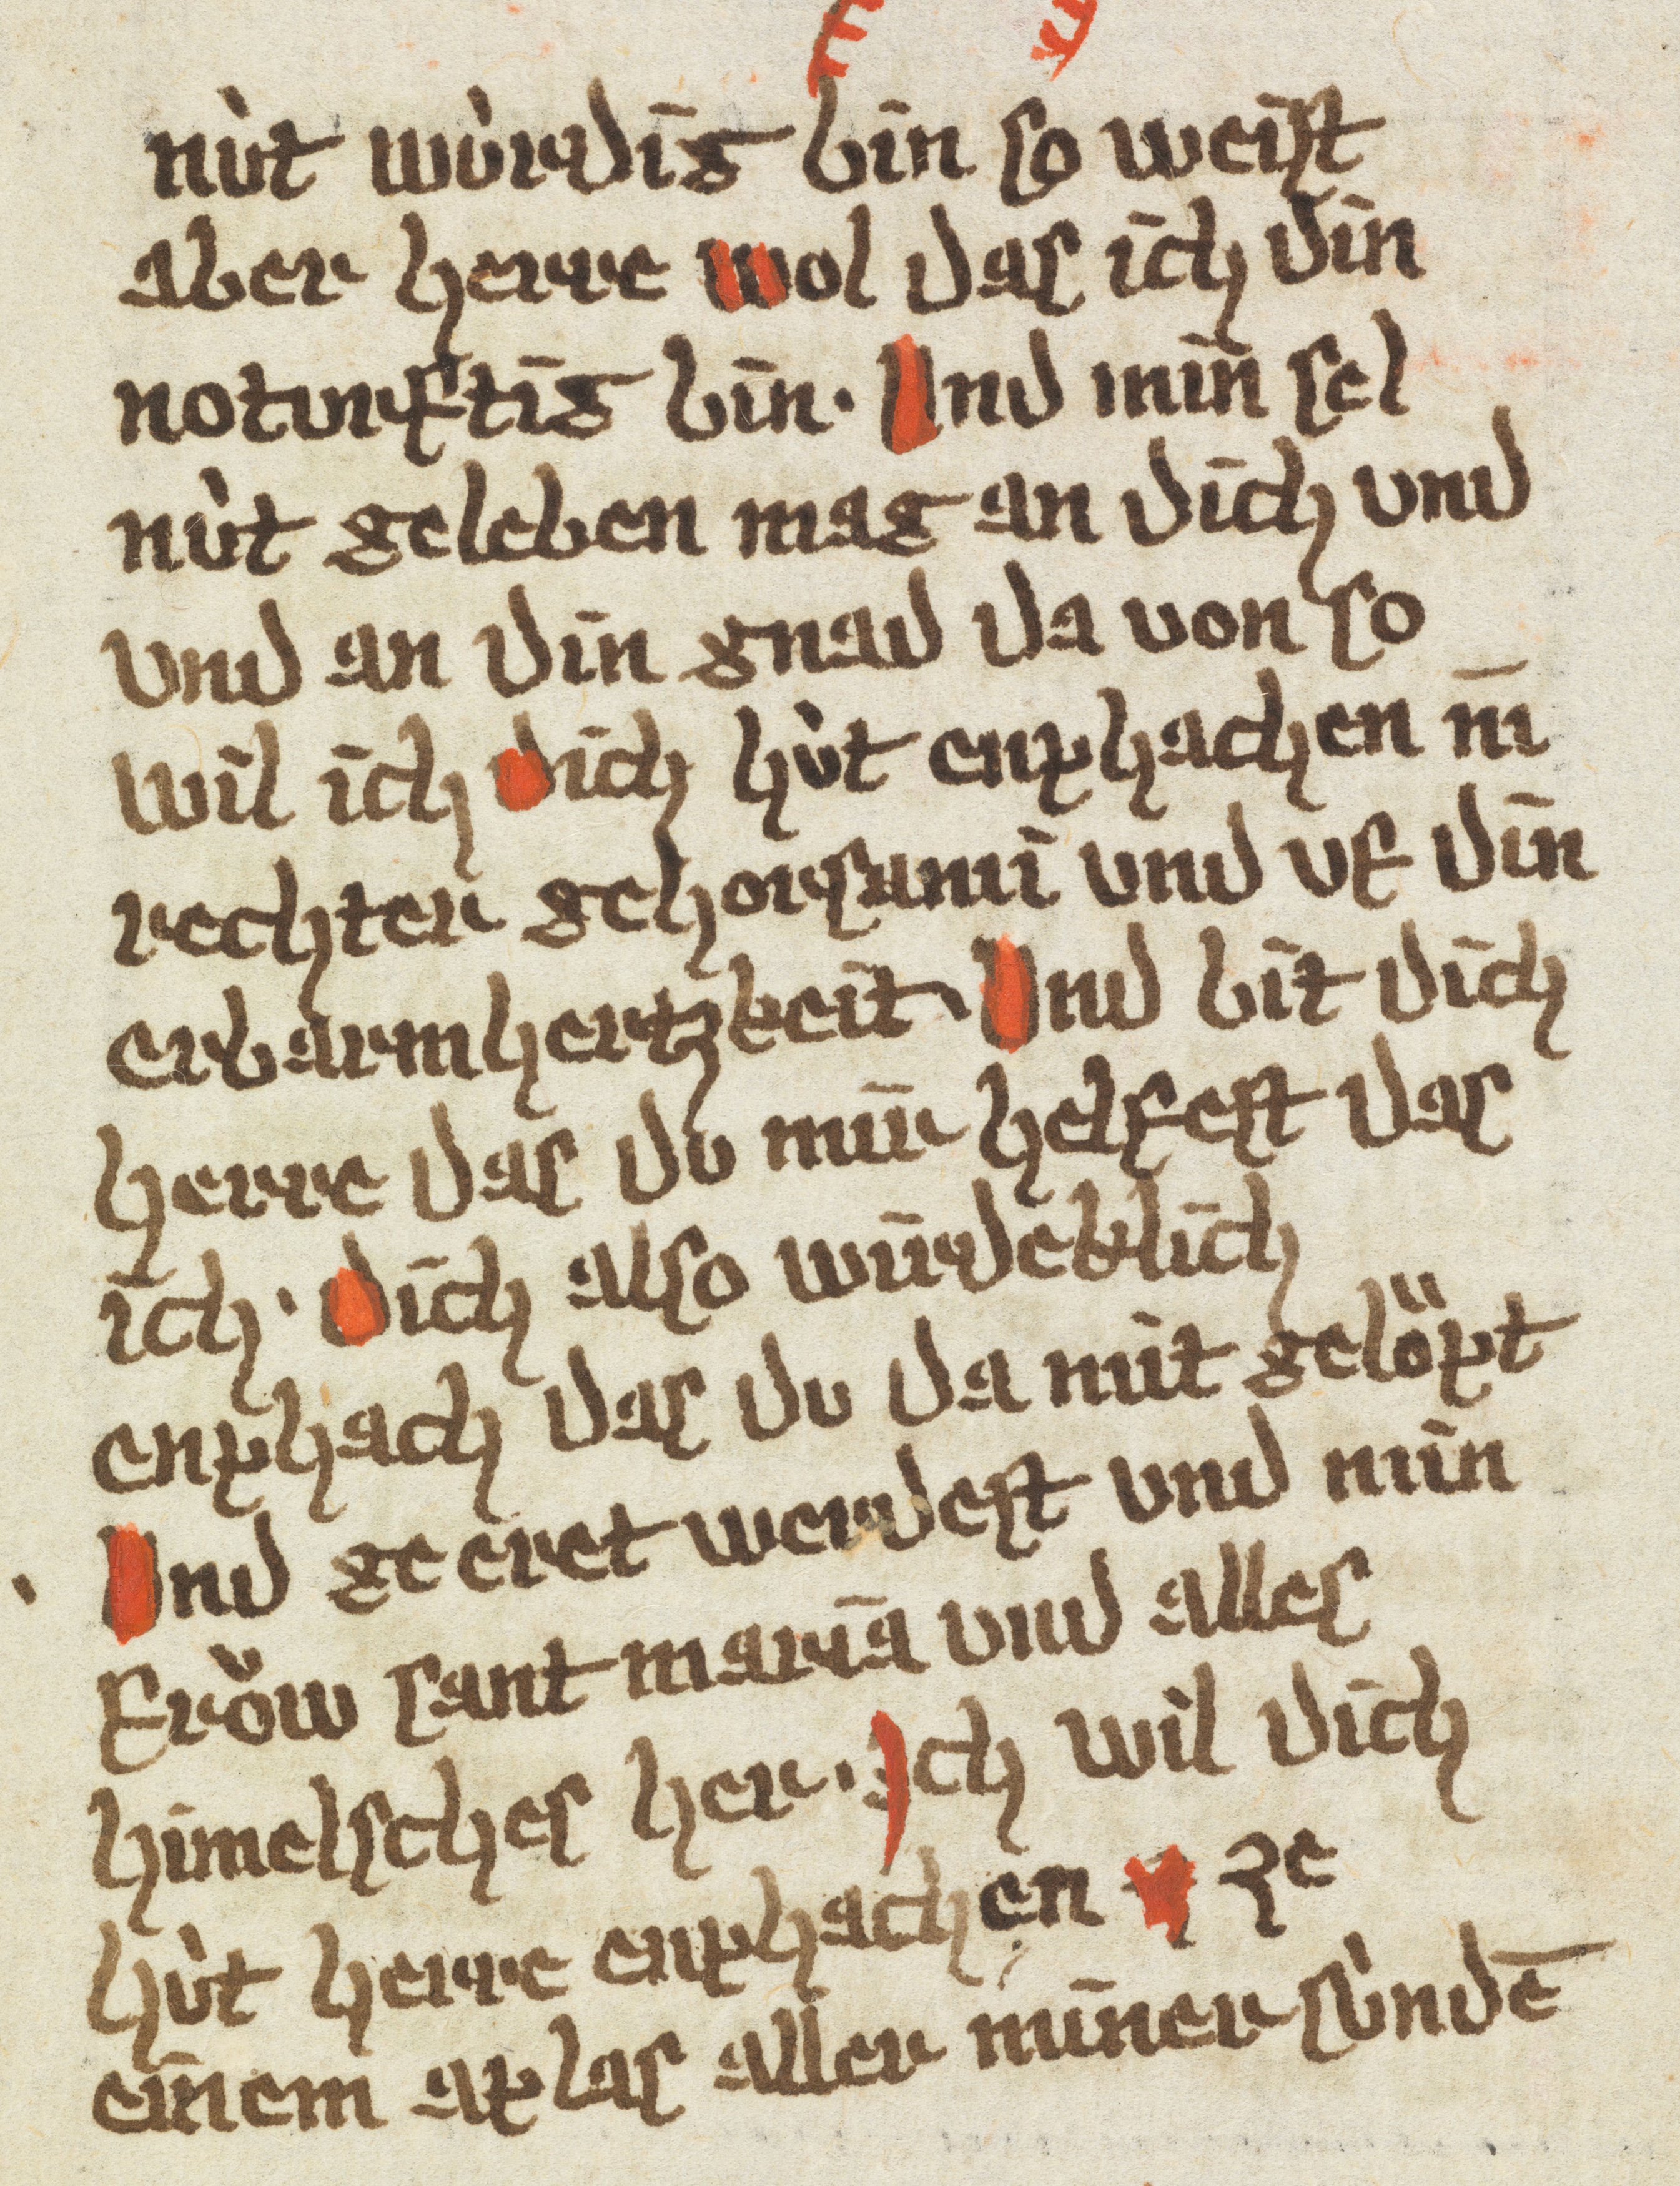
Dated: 1385–1415